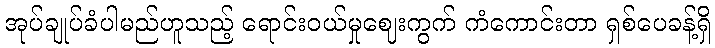
အုပ်ချုပ်ခံပါမည်ဟူသည့် ရောင်းဝယ်မှုဈေးကွက် ကံကောင်းတာ ရှစ်ပေခန့်ရှိ